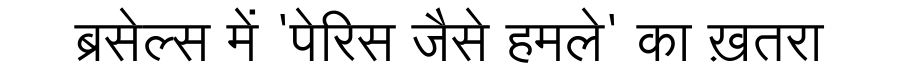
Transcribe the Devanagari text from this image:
ब्रसेल्स में 'पेरिस जैसे हमले' का ख़तरा